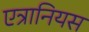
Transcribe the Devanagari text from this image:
एत्रानियस